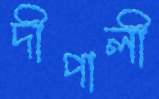
দীপালী